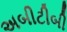
અબીટીબી